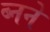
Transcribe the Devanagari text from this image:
ब्नने